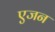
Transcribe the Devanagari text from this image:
एजन